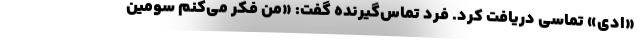
«ادی» تماسی دریافت کرد. فرد تماس‌گیرنده گفت: «من فکر می‌کنم سومین